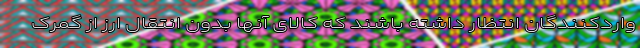
واردکنندگان انتظار داشته باشند که کالای آنها بدون انتقال ارز از گمرک